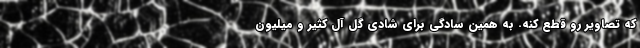
که تصاویر رو قطع کنه. به همین سادگی برای شادی گل آل کثیر و میلیون